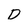
Character: D